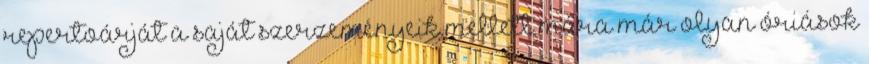
repertoárját a saját szerzeményeik mellett mára már olyan óriások